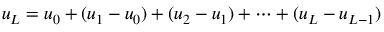
u _ { L } = u _ { 0 } + ( u _ { 1 } - u _ { 0 } ) + ( u _ { 2 } - u _ { 1 } ) + \cdots + ( u _ { L } - u _ { L - 1 } )